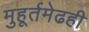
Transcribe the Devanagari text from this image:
मुहूर्तमेढही